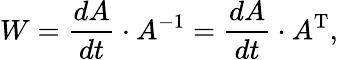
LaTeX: W={\frac{dA}{dt}}\cdot A^{-1}={\frac{dA}{dt}}\cdot A^{\mathrm{T}},